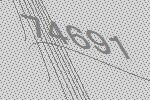
74691